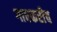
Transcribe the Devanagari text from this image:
गावकरीच